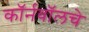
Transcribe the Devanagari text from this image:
कॉर्नवॉलचे